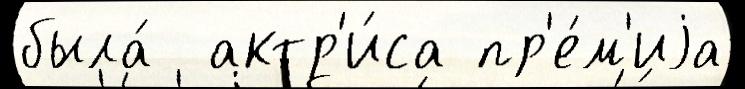
была́  актр'и́са пр'е́м'иjа